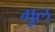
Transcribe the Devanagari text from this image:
गूल